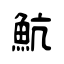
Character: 魧